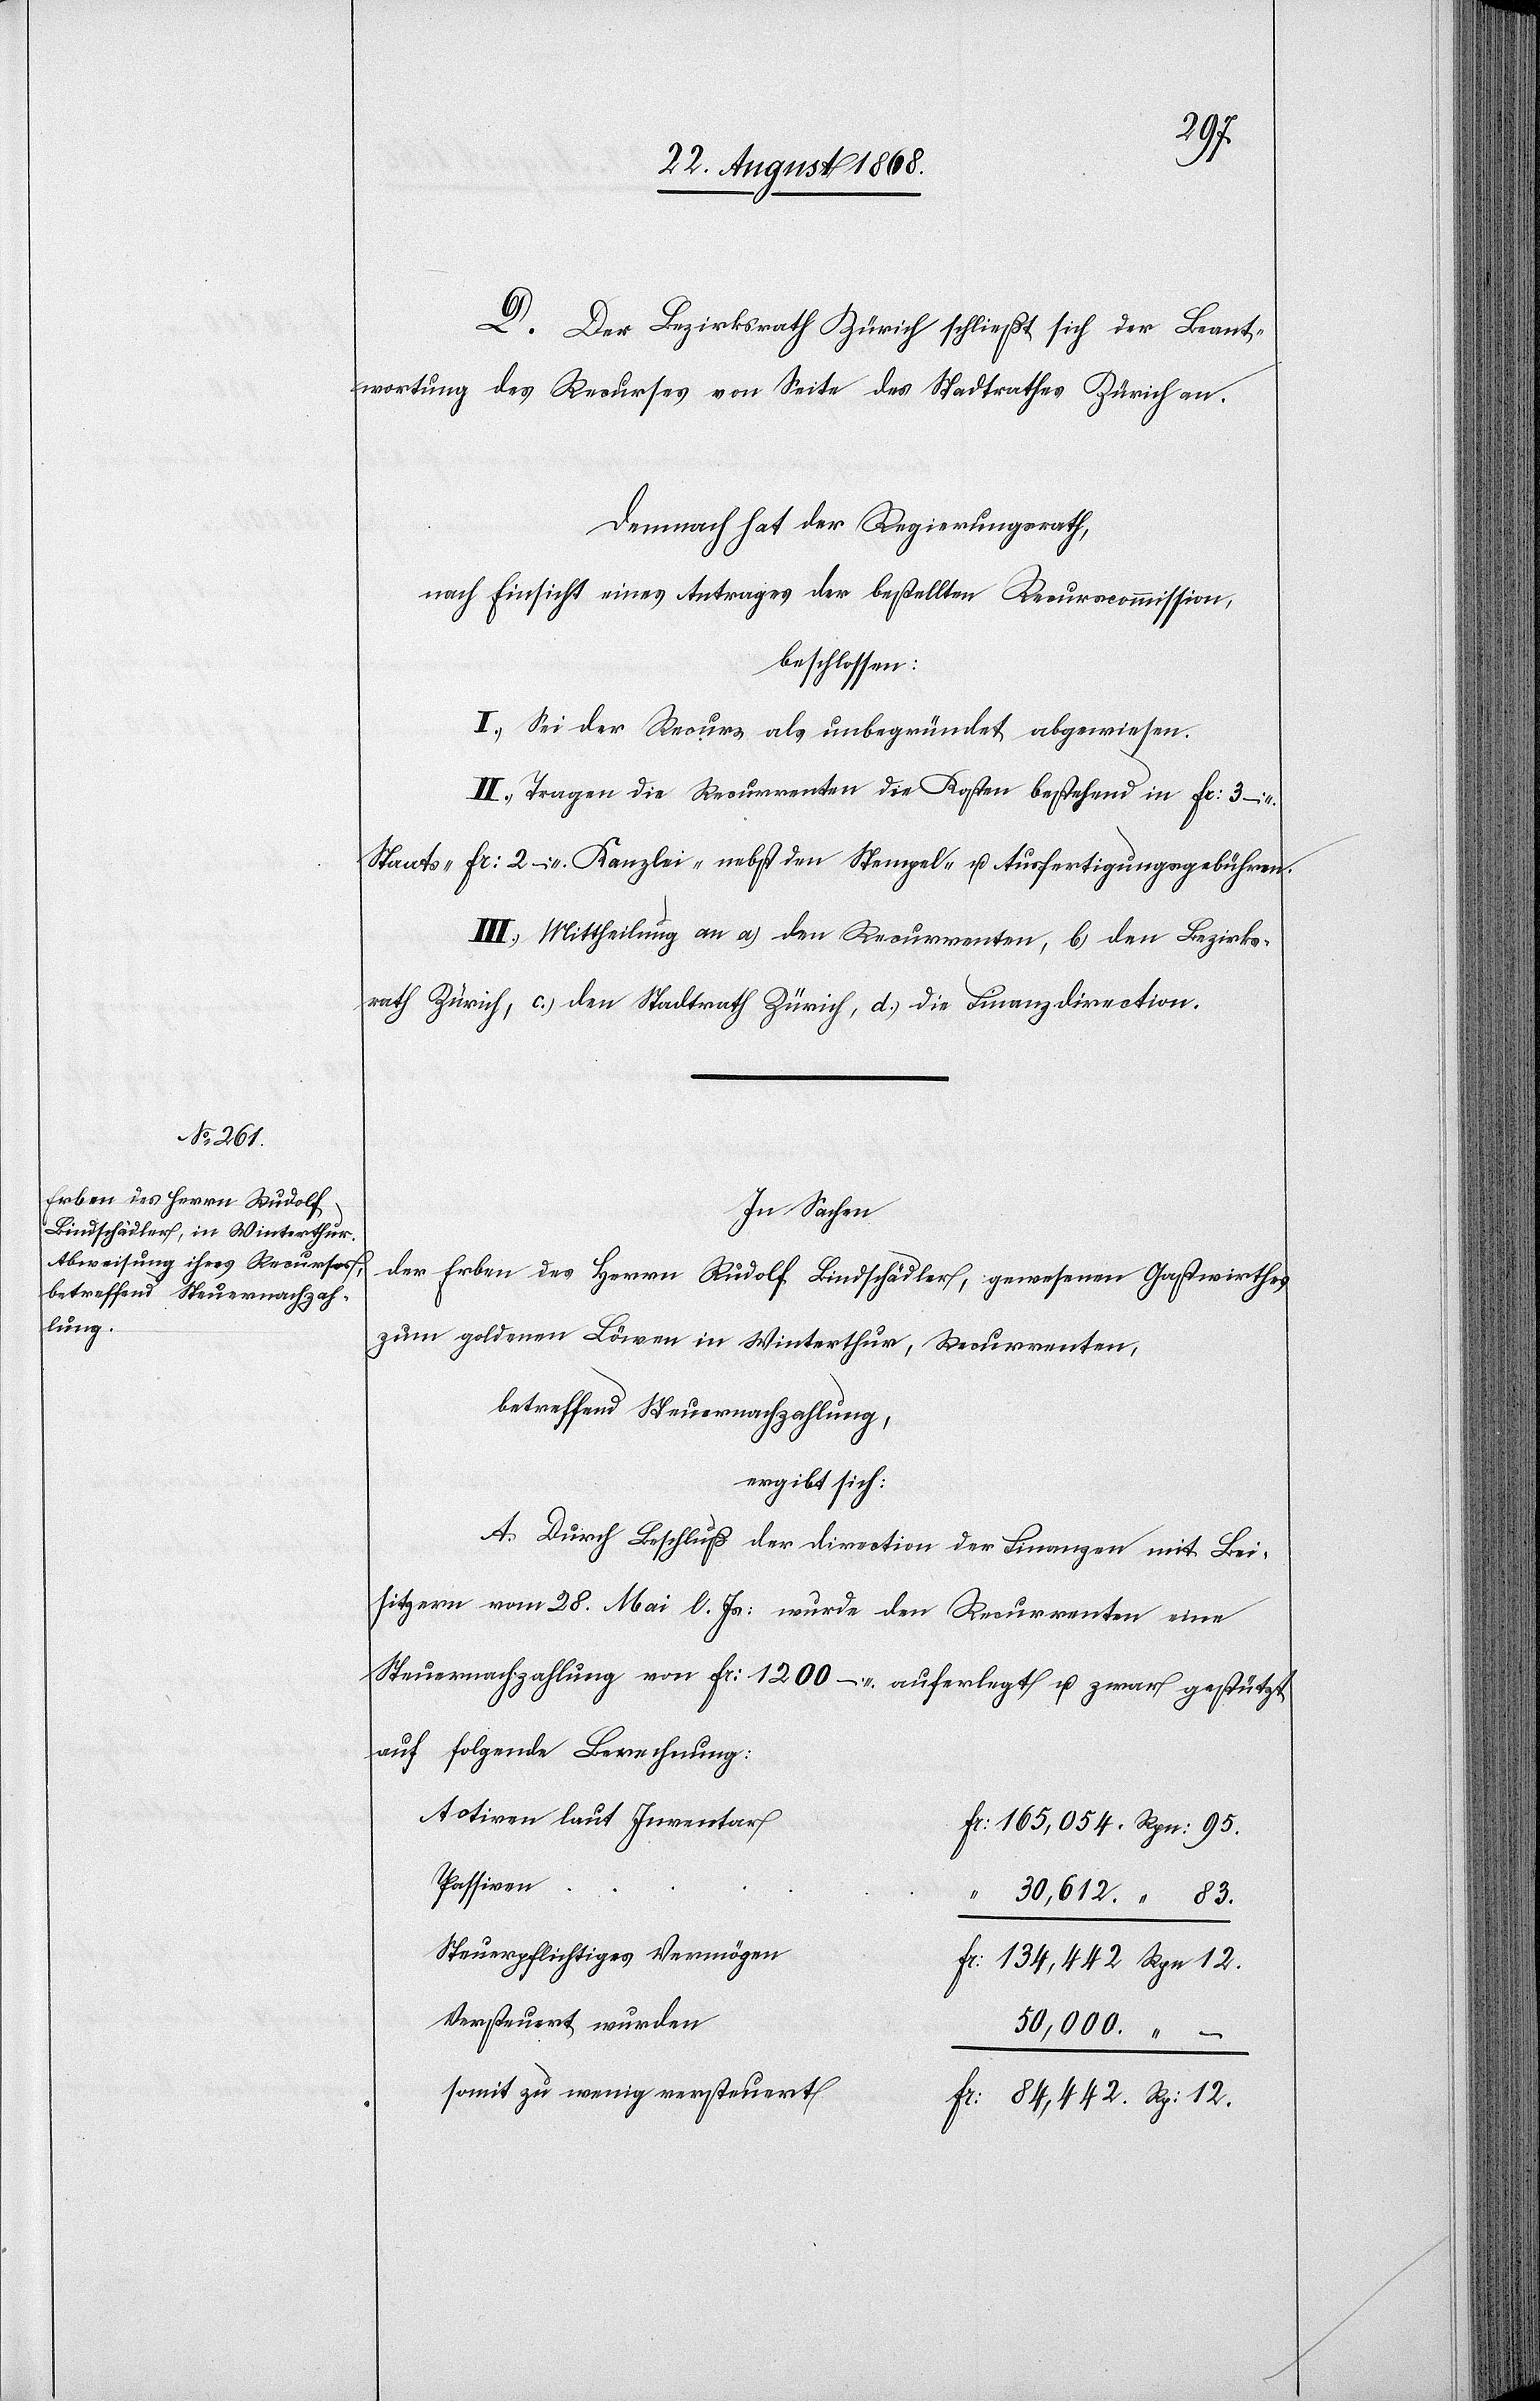
D. Der Bezirksrath Zürich schließt sich der Beant¬
wortung des Recurses von Seite des Stadtrathes Zürich an.
Demnach hat der Regierungsrath,
nach Einsicht eines Antrages der bestellten Recurscommission,
beschlossen:
I.) Sei der Recurs als unbegründet abgewiesen.
II.) Tragen die Recurrenten die Kosten bestehend in Fr: 3 –
Staats-[,] Fr: 2 – Kanzlei-[,] nebst den Stempel- u. Ausfertigungsgebühren.
III.) Mittheilung an a.) den Recurrenten, b.) den Bezirks¬
rath Zürich, c.) den Stadtrath Zürich, d.) die Finanzdirection.
In Sachen
der Erben des Herrn Rudolf Bindschädler, gewesenen Gastwirthes
zum goldenen Löwen in Winterthur, Recurrenten,
betreffend Steuernachzahlung,
ergibt sich:
A. Durch Beschluß der Direction der Finanzen mit Bei¬
sitzern vom 28. Mai l. Js: wurde den Recurrenten eine
Steuernachzahlung von Fr: 1200 – auferlegt u. zwar gestützt
auf folgende Berechnung:
Activen laut Inventar
Fr: 165,054. Rpn: 95.
Passiven
“
30,612. “ 83.
Steuerpflichtiges Vermögen
Fr: 134,442. Rpn: 12.
Versteuert wurden
50,000. “ –
somit zu wenig versteuert
Fr: 84,442. Rp: 12.